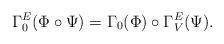
LaTeX: \begin{align*}\Gamma^E_0(\Phi\circ\Psi)=\Gamma_0(\Phi)\circ\Gamma^E_V(\Psi).\end{align*}